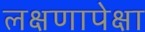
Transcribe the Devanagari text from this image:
लक्षणापेक्षा